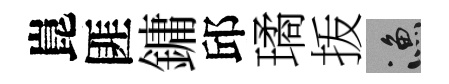
崑匪鏞邱璚㧞漁